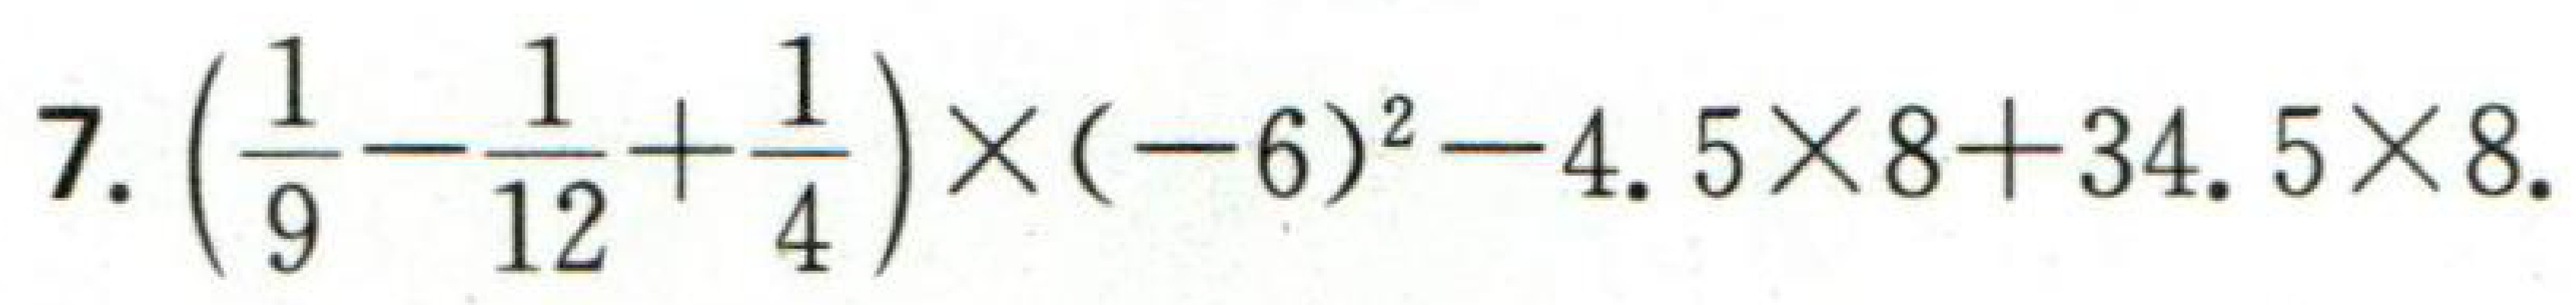
$7.\left(\dfrac{1}{9}-\dfrac{1}{12}+\dfrac{1}{4}\right)\times(-6)^{2}-4.5\times 8 + 34.5\times 8.$